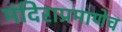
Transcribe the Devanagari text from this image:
मंदिराप्रमाणेच